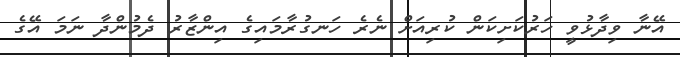
އޭނާ ވިދާޅުވީ ހަރުކަށިކަން ކުރިއަށް ނެރެ ހަނގުރާމައިގެ އިންޒާރު ދެމުންދާ ނަމަ އޭގެ